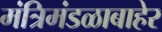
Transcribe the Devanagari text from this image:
मंत्रिमंडळाबाहेर